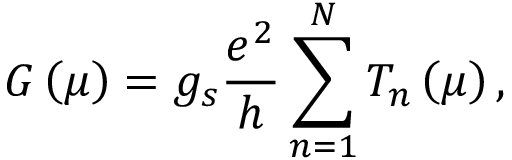
G \left( \mu \right) = g _ { s } \frac { e ^ { 2 } } { h } \sum _ { n = 1 } ^ { N } T _ { n } \left( \mu \right) ,